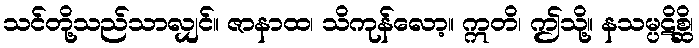
သင်တို့သည်သာလျှင်။ ဇာနာထ၊ သိကုန်လော့။ ဣတိ၊ ဤသို့။ နသမ္ပဋိစ္ဆိ၊